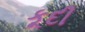
કૂદી